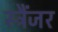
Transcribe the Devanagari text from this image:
स्ट्रैंजर